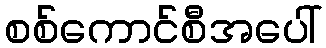
စစ်ကောင်စီအပေါ်